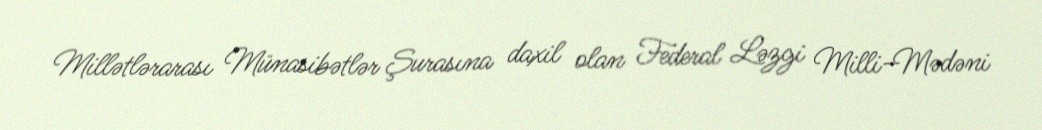
Millətlərarası Münasibətlər Şurasına daxil olan Federal Ləzgi Milli-Mədəni